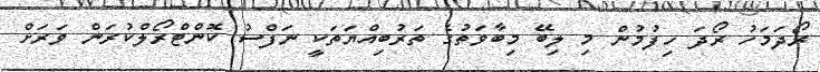
ރޯދަމަހު ރޯދަ ހިފުމުން މި ލިބޭ މިބާވަތުގެ ތަރުބިއްޔަތަކީ ނަފްސު ކޮންޓްރޯލްކުރަން ވަރަށް